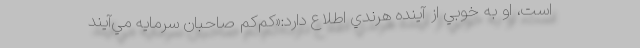
است، او به خوبي از آينده هرندي اطلاع دارد:«كم‌كم صاحبان سرمايه مي‌آيند